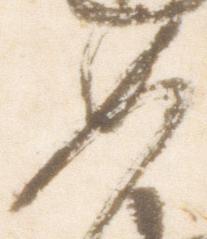
如